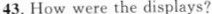
43.How were the displays?